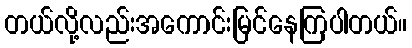
တယ်လို့လည်းအကောင်းမြင်နေကြပါတယ်။